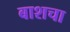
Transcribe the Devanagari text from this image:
बाशचा